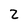
Character: z